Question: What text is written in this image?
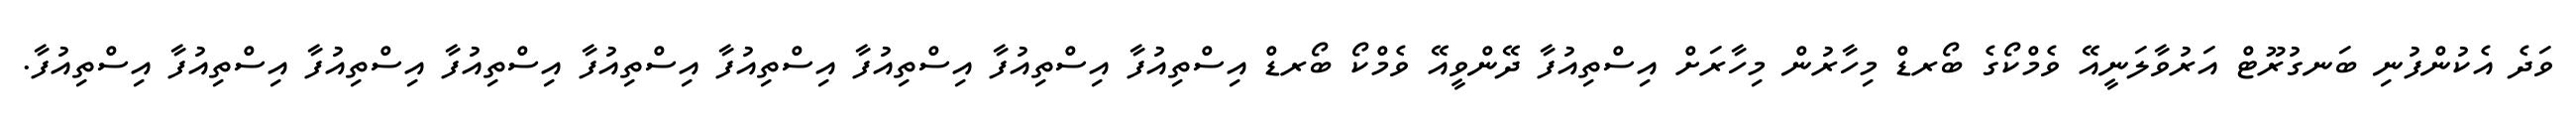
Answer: ވަދެ އެކުންފުނި ބަނގުރޫޓް އަރުވާލަނީއޭ ވެމްކޯގެ ބޯރޑް މިހާރުން މިހާރަށް އިސްތިއުފާ ދޭންވީއޭ ވެމްކޯ ބޯރޑް އިސްތިއުފާ އިސްތިއުފާ އިސްތިއުފާ އިސްތިއުފާ އިސްތިއުފާ އިސްތިއުފާ އިސްތިއުފާ އިސްތިއުފާ އިސްތިއުފާ.